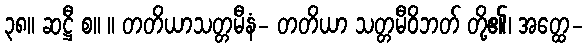
၃၈။ ဆဋ္ဌီ စ။ ။ တတိယာသတ္တမီနံ- တတိယာ သတ္တမီဝိဘတ် တို့၏၊ အတ္ထေ-